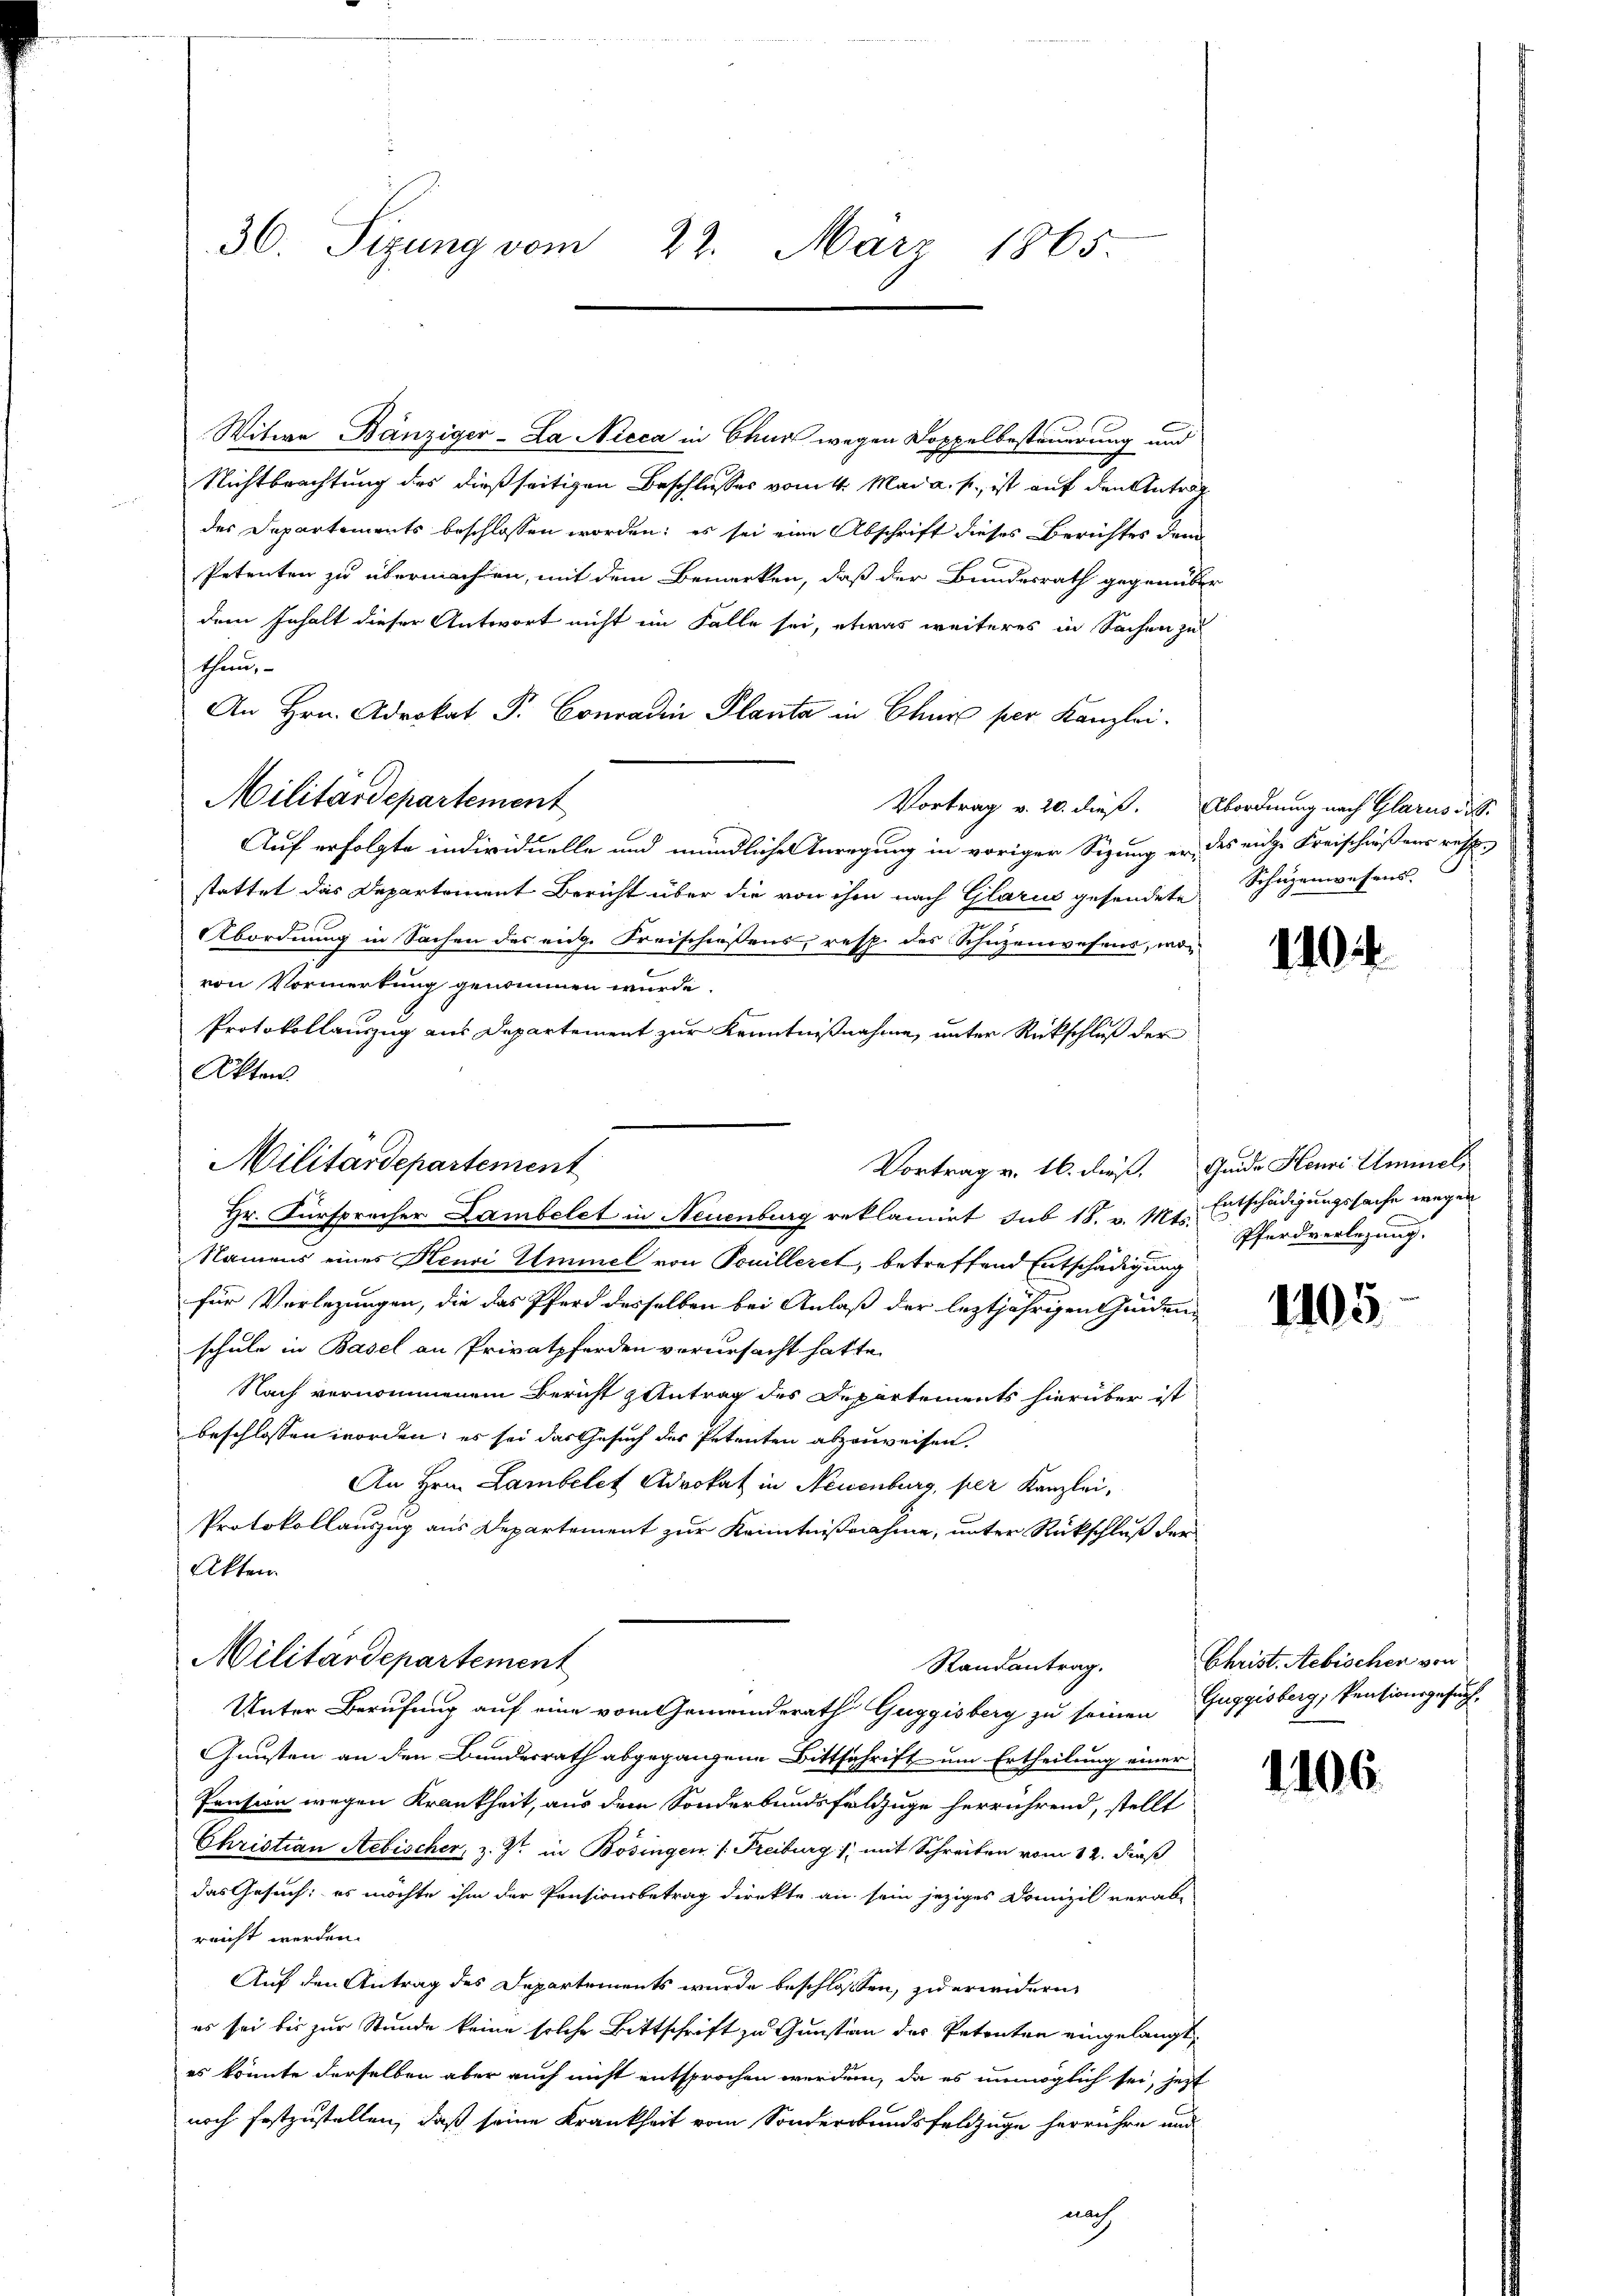
30. Sizung vom 22. März 1865.

Witwe Bänziger-La Nicca in Chur wegen Doppelbesteuerung und
Nichtbrachtung des dießseitigen Beschlusses vom 4. Mai a. s. ist auf den Antrag
des Departements beschlossen worden; es sei eine Abschrift dieses Berichtes dem
Petenten zu übermachen, mit dem Bemerken, daß der Bundesrath gegenüber
dem Inhalt dieser Antwort nicht im Falle sei, etwas weiteres in Sachen zu
thun,
An Hrn. Adrokat P. Conradin Planta in Chur per Kanzlei.
Militärdepartement
Vortrag v. 20. dieß. Abordnung nach Glarus di
Auf erfolgte individuelle und mündlichen Anregung in voriger Sigung er, des eine Freischloßens resp.
stattet das Departement Bericht über die von ihm nach Glarus gesendete
Abordnung in Sachen des eidg. Freischiessens, resp. des Schüzenwesens, wovon Vormerkung genommen wurde.
Protokollauszug aus Departement zur Kenntnißnahme, unter Rückschluß der
Akten
Namens eines Henri Ummel von Feuilleret, betreffend Entschädigung
für Vorlegungen, die das Pferd desselben bei Anlaß der leztjährigen Geden-
schule in Basel an Privatpferden verursacht hatte.
Nach vernommenem Bericht Antrag des Departements hierüber ist
beschlossen worden; es sei das Gesuch des Petenten abzuweisen.
An Hrn. Lambelet Advokat in Neuenburg, per Kanzlei,
Protokollauszug aus Departement zur Kenntnißnahme, unter Rückschluß der
Akten
Militärdepartement
Randantrag.
Unter Berufung auf eine vom Gemeinderath Guggisberg zu seinen Guggisberg, Rentionsgesuch-
Gunsten an den Bundesrath abgegangene Bittschrift um Ertheilung einer
Pension wegen Krankheit, aus dem Sonderbundsfelzuge herrührend, stellt
Christian Aebischer, z. Zt. in Bösingen /: Freiburg, mit Schreiben vom 12. dieß
das Gesuch: es möchte ihm der Pensionsbetrag direkte an sein jeziges Domizil verab-
reicht werden.
Auf den Antrag des Departements wurde beschlossen, zu erwidern
es sei bis zur Stunde keine solche Bittschrift zu Gunsten des Petenten eingelangt,
es könnte derselben aber auch nicht entsprochen werden, da es unmöglich sei, jetzt
noch festzustellen, daß seine Krankheit vom Sonderbundsfeldzüge herrühre und
nach

Militärdepartement
Hr. Fürsprecher Lambelet in Neuenburg reklamirt sub 18. v. Mts.

Schüzenwesens.

110.

Vortrag v. 16. dieß. Guide Henri Ammel,
Entschädigungssache wegen
Pferdverlegung.

1105

Christ. Aebischen von

1106.